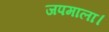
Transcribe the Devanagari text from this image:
जपमाला।